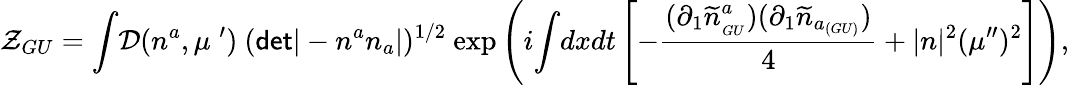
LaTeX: {\cal Z}_{GU}={\displaystyle\int}{\cal D}(n^{a},\mu^{\; \prime})~({\sf det}|-n^{a}n_{a}|)^{1/2}~{\exp{\left(i{\displaystyle\int}dxdt\left[-\frac{\displaystyle(\partial_{1}{\widetilde n}_{_{GU}}^{a})(\partial_{1}{\widetilde n}_{a_{(GU)}})}{\displaystyle 4}+|n|^{2}(\mu^{\prime\prime})^{2}\right]\right)}},